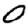
Digit: 0